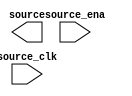

module trouble_detect_enable (
	source,
	source_ena,
	source_clk);	

	output	[3:0]	source;
	input		source_ena;
	input		source_clk;
endmodule